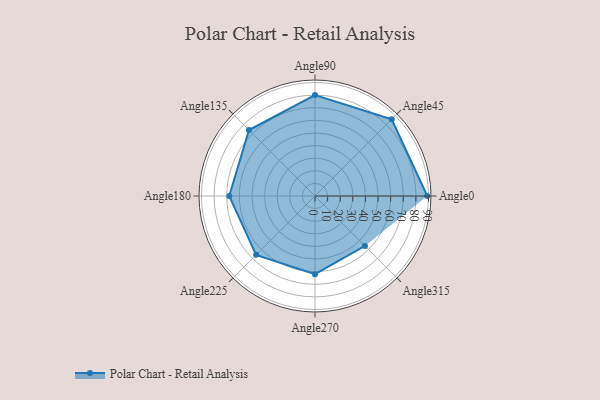
{"axis": {"x": "Angle", "y": "Radius"}, "legend": [""], "data": [{"x": "Angle0", "y": 89.0, "type": ""}, {"x": "Angle45", "y": 86.0, "type": ""}, {"x": "Angle90", "y": 80.0, "type": ""}, {"x": "Angle135", "y": 74.0, "type": ""}, {"x": "Angle180", "y": 68.0, "type": ""}, {"x": "Angle225", "y": 66.0, "type": ""}, {"x": "Angle270", "y": 62.0, "type": ""}, {"x": "Angle315", "y": 56.0, "type": ""}]}